Bulletin of the Pasteur Institute of Southern India, Coonoor - No. 3.
Year: 1910
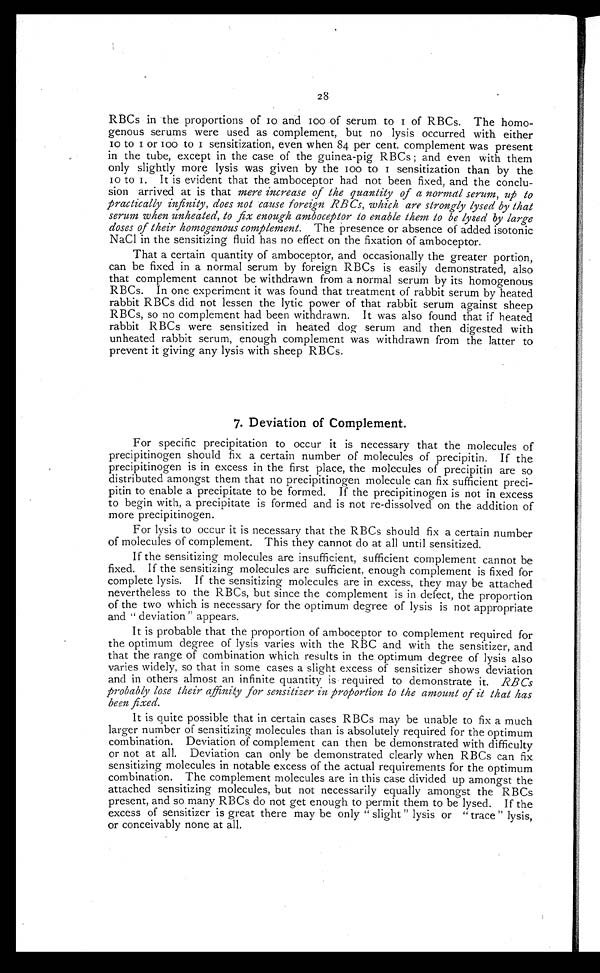
2 8
RBCs in the proportions of IO and IOO of serum to I of RBCs. The homo-
genous serums were used as complement, but no lysis occurred with either
IO to I or IOO to I sensitization, even when 84 per cent. complement was present
in the tube, except in the case of the guinea-pig RBCs; and even with them
only slightly more lysis was given by the IOO to I sensitization than by the
IO to I. It is evident that the amboceptor had not been fixed, and the conclu-
sion arrived at is that mere increase of the quantity of a normal serum, up to
practically infinity, does not cause foreign RBCs, which are strongly lysed by that
serum when unheated, to fix enough amboceptor to enable them to be lysed by large
doses of their homogenous complement. The presence or absence of added isotonic
NaCl in the sensitizing fluid has no effect on the fixation of amboceptor.
That a certain quantity of amboceptor, and occasionally the greater portion,
can be fixed in a normal serum by foreign RBCs is easily demonstrated, also
that complement cannot be withdrawn from a normal serum by its homogenous
RBCs. In one experiment it was found that treatment of rabbit serum by heated
rabbit RBCs did not lessen the lytic power of that rabbit serum against sheep
RBCs, so no complement had been withdrawn. It was also found that if heated
rabbit RBCs were sensitized in heated dog serum and then digested with
unheated rabbit serum, enough complement was withdrawn from the latter to
prevent it giving any lysis with sheep RBCs.
7. Deviation of Complement.
For specific precipitation to occur it is necessary that the molecules of
precipitinogen should fix a certain number of molecules of precipitin. If the
precipitinogen is in excess in the first place, the molecules of precipitin are so
distributed amongst them that no precipitinogen molecule can fix sufficient preci-
pitin to enable a precipitate to be formed. If the precipitinogen is not in excess
to begin with, a precipitate is formed and is not re-dissolved on the addition of
more precipitinogen.
For lysis to occur it is necessary that the RBCs should fix a certain number
of molecules of complement. This they cannot do at all until sensitized.
If the sensitizing molecules are insufficient, sufficient complement cannot be
fixed. If the sensitizing molecules are sufficient, enough complement is fixed for
complete lysis. If the sensitizing molecules are in excess, they may be attached
nevertheless to the RBCs, but since the complement is in defect, the proportion
of the two which is necessary for the optimum degree of lysis is not appropriate
and “ deviation” appears.
It is probable that the proportion of amboceptor to complement required for
the optimum degree of lysis varies with the RBC and with the sensitizer, and
that the range of combination which results in the optimum degree of lysis also
varies widely, so that in some cases a slight excess of sensitizer shows deviation
and in others almost an infinite quantity is required to demonstrate it. RBCs
probably lose their affinity for sensitizer in proportion to the amount of it that has
been fixed.
It is quite possible that in certain cases RBCs may be unable to fix a much
larger number of sensitizing molecules than is absolutely required for the optimum
combination. Deviation of complement can then be demonstrated with difficulty
or not at all. Deviation can only be demonstrated clearly when RBCs can fix
sensitizing molecules in notable excess of the actual requirements for the optimum
combination. The complement molecules are in this case divided up amongst the
attached sensitizing molecules, but not necessarily equally amongst the RBCs
present, and so many RBCs do not get enough to permit them to be lysed. If the
excess of sensitizer is great there may be only “ slight ” lysis or “ trace ” lysis,
or conceivably none at all.